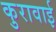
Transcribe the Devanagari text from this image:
कुरावाई